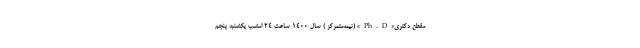
مقطع دکتری«Ph.D» (نیمه‌متمرکز ) سال ۱۴۰۰ ساعت ۲۴ امشب یکشنبه پنجم